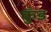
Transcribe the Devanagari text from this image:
कुँड